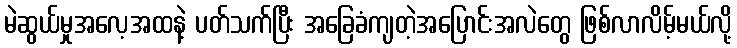
မဲဆွယ်မှုအလေ့အထနဲ့ ပတ်သက်ပြီး အခြေခံကျတဲ့အပြောင်းအလဲတွေ ဖြစ်လာလိမ့်မယ်လို့